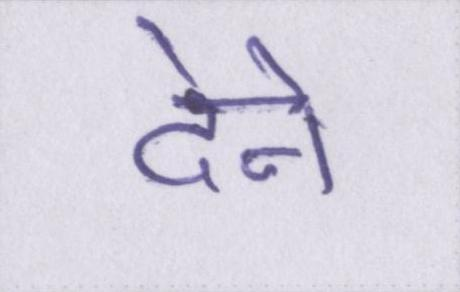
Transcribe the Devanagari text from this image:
देने